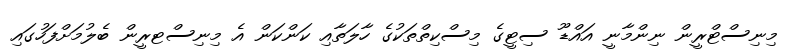
މިނިސްޓްރީން ނިންމާނީ އައްޑޫ ސިޓީގެ މިސްކިތްތަކުގެ ހާލަތާއި ކަންކަން އެ މިނިސްޓރީން ބެލުމަށްފަހުގައި